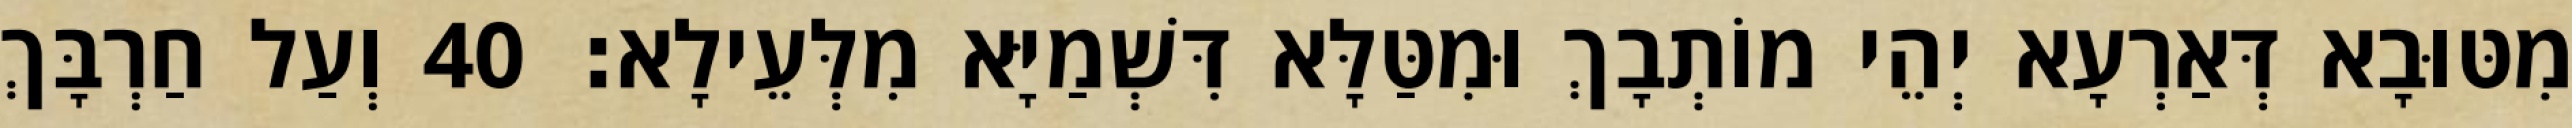
מִטּוּבָא דְּאַרְעָא יְהֵי מוֹתְבָךְ וּמִטַּלָּא דִּשְׁמַיָּא מִלְּעֵילָא׃ 40 וְעַל חַרְבָּךְ